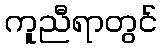
ကူညီရာတွင်